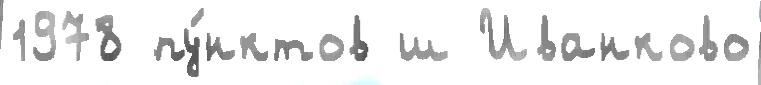
1978 пу́нктов ш Иванково